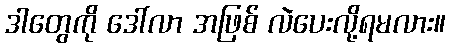
ဒါတွေကို ဒေါ်လာ အဖြစ် လဲပေးလို့ရမလား။